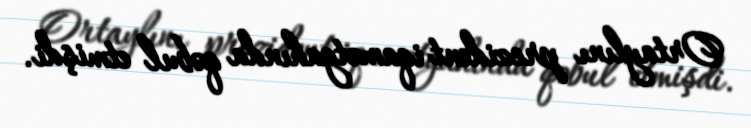
Ortaylını prezident iqamətgahında qəbul etmişdi.